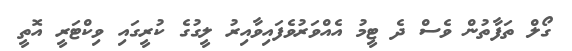
ގޯލް ތަފާތުން ވެސް ދެ ޓީމު އެއްވަރުވެފައިވާއިރު ލީގުގެ ކުރީގައި ވިކްޓަރީ އޮތީ